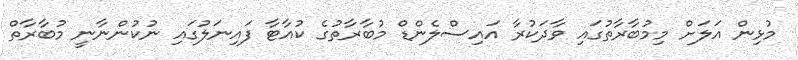
މުޅިން އަލަށް މިމުބާރާތުގައި ވާދަކުރާ އައިސްލެންޑް މުބާރާތުގެ ކުއާޓާ ފައިނަލުގައި ނުކުންނާނީ މުބާރާތް